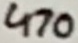
Text: 470